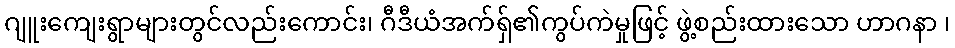
ဂျူးကျေးရွာများတွင်လည်းကောင်း၊ ဂီဒီယံအက်ရှ်၏ကွပ်ကဲမှုဖြင့် ဖွဲ့စည်းထားသော ဟာဂနာ ၊